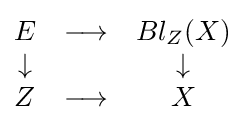
{\begin{matrix}E&\longrightarrow &Bl_{Z}(X)\\\downarrow &&\downarrow \\Z&\longrightarrow &X\end{matrix}}